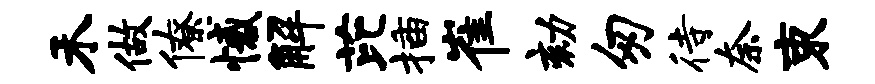
禾做僚憾解芘插崔劾匆待奈束